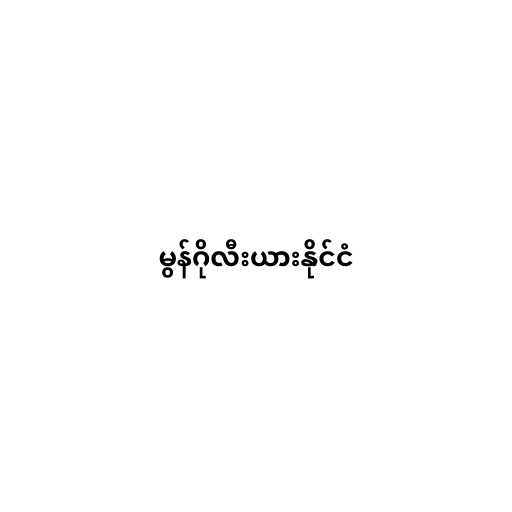
မွန်ဂိုလီးယားနိုင်ငံ